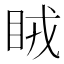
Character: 𥅯